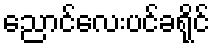
ညောင်လေးပင်ခရိုင်